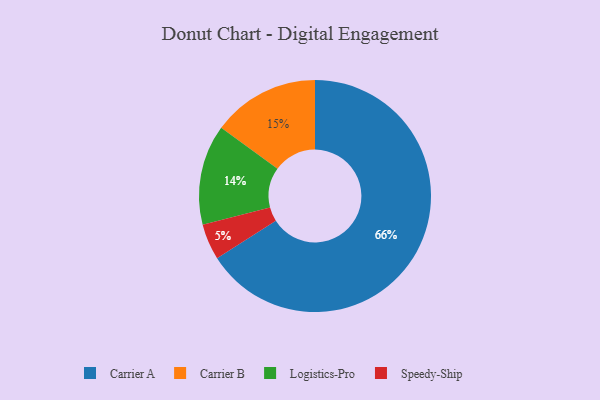
{"axis": {"x": "Category", "y": "Percentage"}, "legend": ["Carrier A", "Carrier B", "Logistics-Pro", "Speedy-Ship"], "data": [{"x": "Carrier B", "y": 15, "type": "Carrier B"}, {"x": "Logistics-Pro", "y": 14, "type": "Logistics-Pro"}, {"x": "Speedy-Ship", "y": 5, "type": "Speedy-Ship"}, {"x": "Carrier A", "y": 66, "type": "Carrier A"}]}